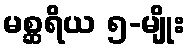
မစ္ဆရိယ ၅-မျိုး